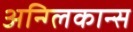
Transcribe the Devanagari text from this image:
अन्ग्लिकान्स